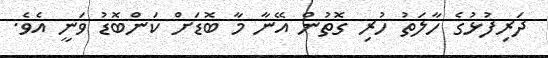
ދަރިފުޅުގެ ހާލަތު ހުރި ގޮތުން އޭނާ މާ ބޮޑަށް ކަންބޮޑު ވަނީ އެވެ.